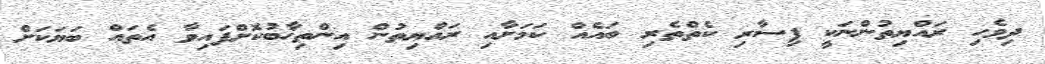
ދިވެހި ރައްޔިތުންނަކީ ފިސާރި ކެތްތެރި ބައެއް ކަމަށާއި ރައްޔިތުން އިންތިޚާބުކޮށްފައިވާ އެތައް ބަޔަކަށް